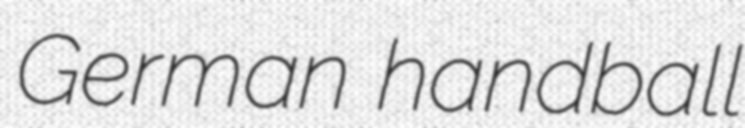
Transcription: German handball